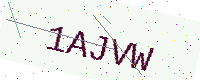
Text: 1AJVW